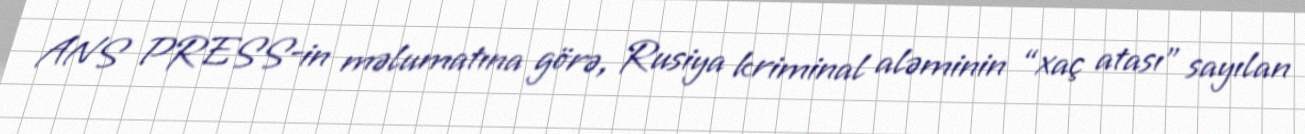
ANS PRESS-in məlumatına görə, Rusiya kriminal aləminin “xaç atası” sayılan